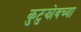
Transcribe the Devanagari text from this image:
कुटुझोवच्या